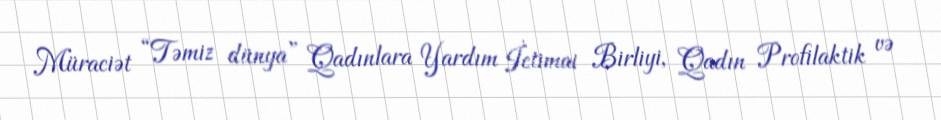
Müraciət “Təmiz dünya” Qadınlara Yardım İctimai Birliyi, Qadın Profilaktik və